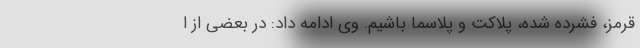
قرمز، فشرده شده، پلاکت و پلاسما باشیم. وی ادامه داد: در بعضی از ا